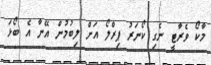
މާކޯ ވެރާޓީ ނެގި ކޯނަރު ޕިރްލޯ އަށް ލިބުމުން އޭނާ އެ ބޯޅަ